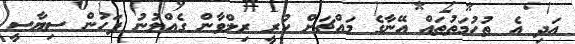
އަދި އެ ތުހުމަތުތައް އޭނާގެ މައްޗަށް ކުރީ ރިލްވާން ގެއްލުނު ފަހުން ސިޔާސީ